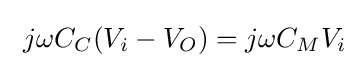
\ j\omega C_{C}(V_{i}-V_{O})=j\omega C_{M}V_{i}